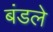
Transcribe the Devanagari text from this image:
बंडले